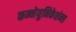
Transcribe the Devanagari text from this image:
कम्नेयुनिकेशंन्स